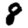
Digit: 8